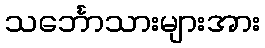
သင်္ဘောသားများအား